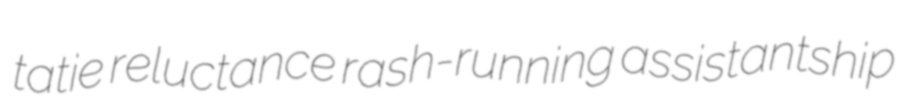
tatie reluctance rash-running assistantship